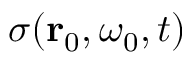
\sigma ( \mathbf { r } _ { 0 } , \omega _ { 0 } , t )